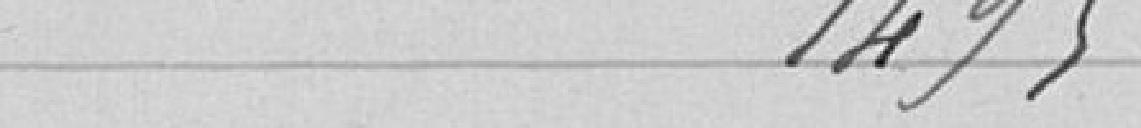
1 495